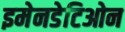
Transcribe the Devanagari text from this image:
इमेनडेटिओन